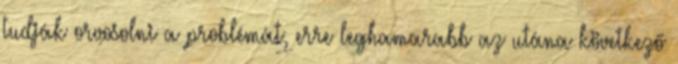
tudják orvosolni a problémát, erre leghamarabb az utána következő